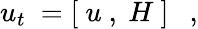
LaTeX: u_{t}\ =[\ u\ ,\ H\ ]\ \ \ ,